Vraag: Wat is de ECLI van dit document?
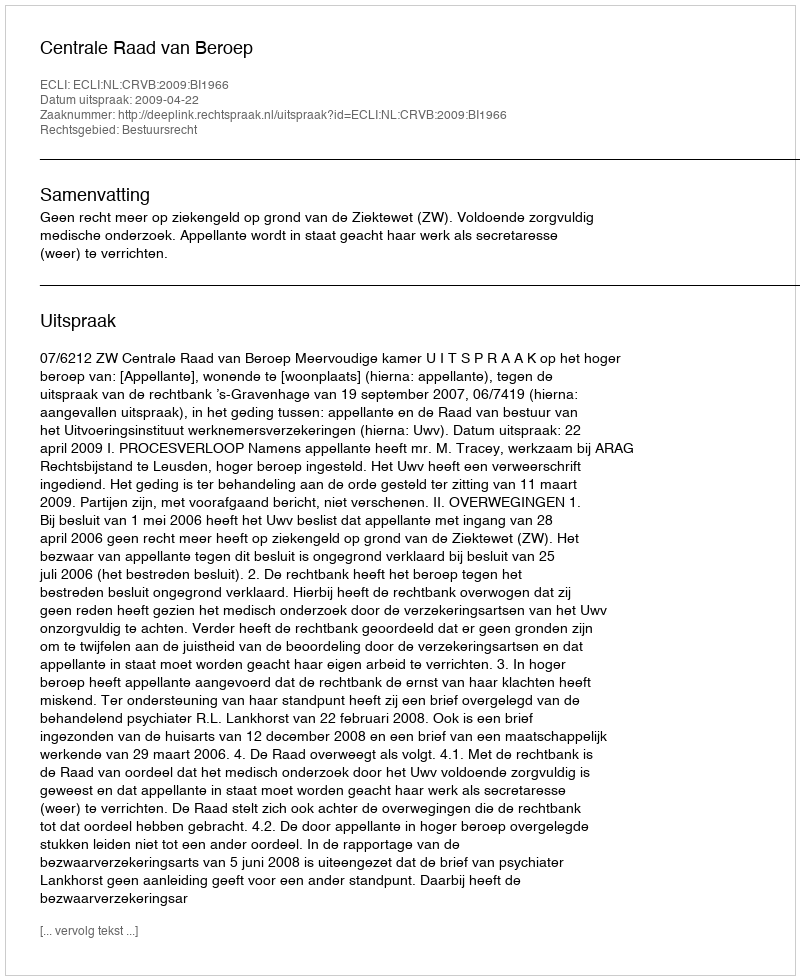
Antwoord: ECLI:NL:CRVB:2009:BI1966